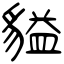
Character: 貖